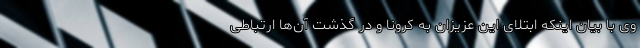
وی با بیان اینکه ابتلای این عزیزان به کرونا و در گذشت آن‌ها ارتباطی